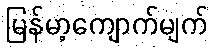
မြန်မာ့ကျောက်မျက်